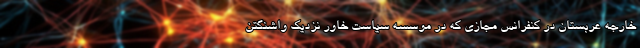
خارجه عربستان در کنفرانس مجازی که در موسسه سیاست خاور نزدیک واشنگتن